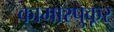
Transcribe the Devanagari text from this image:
कामारपुकूर